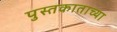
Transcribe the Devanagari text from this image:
पुस्तकाताच्या